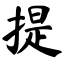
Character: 提